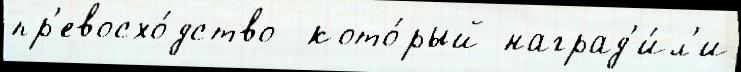
пр'евосхо́дство  кото́рый наград'и́л'и